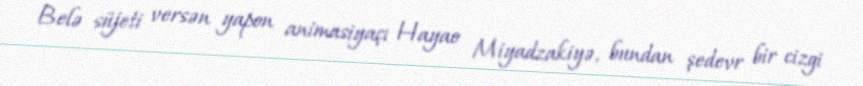
Belə süjeti versən yapon animasiyaçı Hayao Miyadzakiyə, bundan şedevr bir cizgi